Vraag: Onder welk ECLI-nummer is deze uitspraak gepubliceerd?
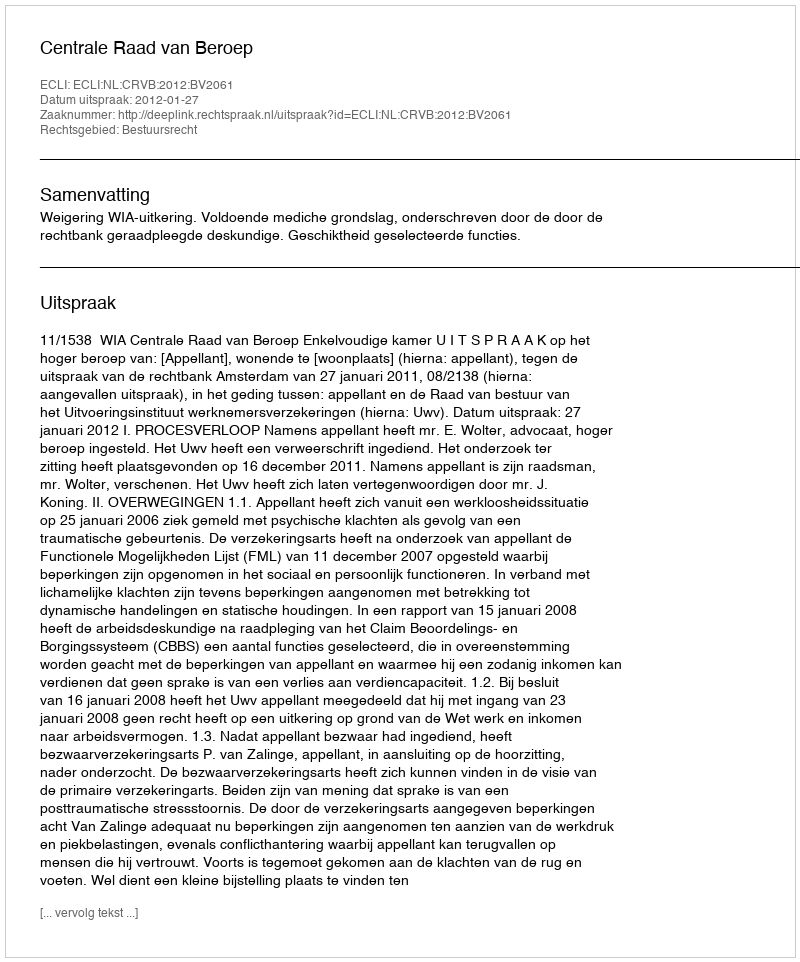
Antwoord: ECLI:NL:CRVB:2012:BV2061